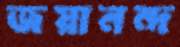
জয়ানন্দ